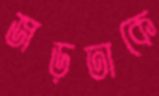
জড়তাকে